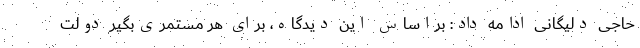
حاجی دلیگانی ادامه داد: براساس این دیدگاه، برای هر مستمری‌بگیر دولت